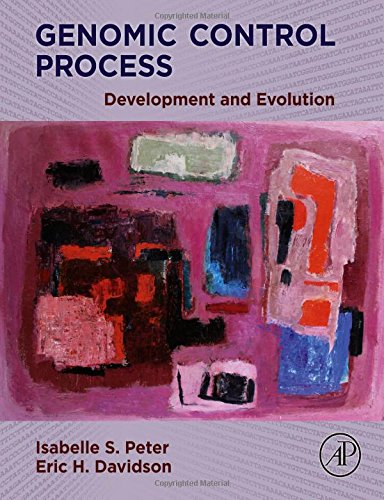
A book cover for Genomic Control Process: Development and Evolution; Isabelle Peter; Computers & Technology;